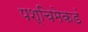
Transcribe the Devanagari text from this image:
पश्‍चिमेकडं